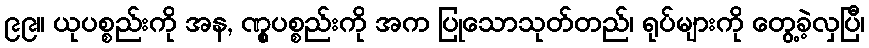
၉၉။ ယုပစ္စည်းကို အန, ဏွုပစ္စည်းကို အက ပြုသောသုတ်တည်၊ ရုပ်များကို တွေ့ခဲ့လှပြီ၊